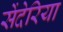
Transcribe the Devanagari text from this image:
सेंदेरिया